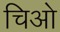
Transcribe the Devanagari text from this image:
चिओ